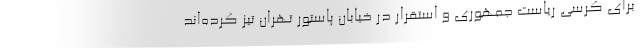
برای کرسی ریاست جمهوری و استقرار در خیابان پاستور تهران تیز کرده‌اند